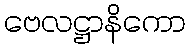
ဗေလဋ္ဌာနိကော